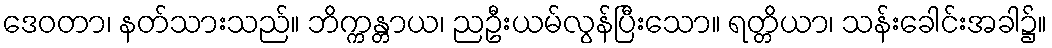
ဒေဝတာ၊ နတ်သားသည်။ ဘိက္ကန္တာယ၊ ညဦးယမ်လွန်ပြီးသော။ ရတ္တိယာ၊ သန်းခေါင်းအခါ၌။